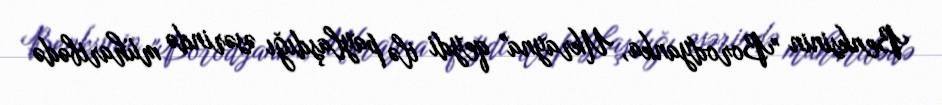
Benksinin "Borodyanka, Ukrayna" qeydi ilə paylaşdığı əsərində müharibədə